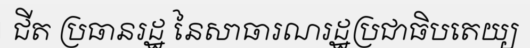
ជីត ប្រធានរដ្ឋ នៃសាធារណរដ្ឋប្រជាធិបតេយ្យ